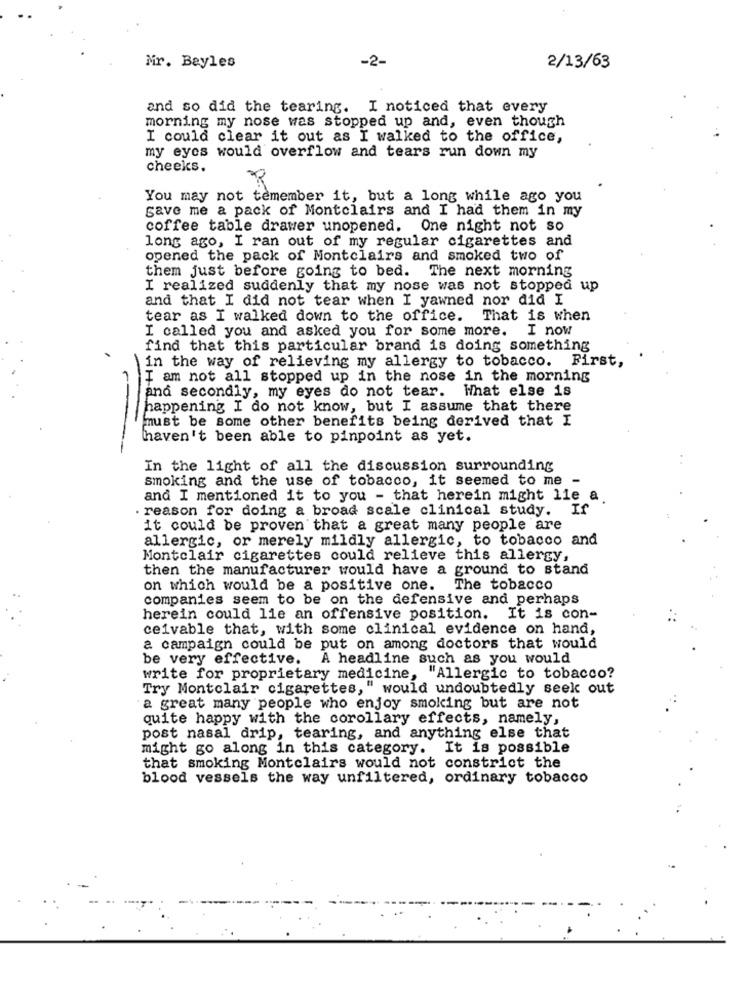
-2-
Mr. Beyles
2/13/63
and so did the tearing. I noticed that every
morning my nose was stopped up and, even though
I could clear it out as I walked to the office,
my eyes would overflow and tears run down my
cheeks.
You may not temember it, but a long while ago you
gave me a pack of Montclairs and I had them in my
coffee table drawer unopened. One night not so
long ago, I ran out of my regular cigarettes and
opened the pack of Montclairs and smoked two of
them just before going to bed. The next morning
I realized suddenly that my nose was not stopped up
and that I did not tear when I yawned nor did I
tear as I walked down to the office. That is when
I called you and asked you for some more.
I now
find that this particular brand is doing something
in the way of relieving my allergy to tobacco. First,
I am not all stopped up in the nose in the morning
and secondly, my eyes do not tear. What else is
happening I do not know, but I assume that there
must be some other benefits being derived that I
hhaven't been able to pinpoint as yet.
In the light of all the discussion surrounding
smoking and the use of tobacco, it seemed to me -
and I mentioned it to you - that herein might lle a
. reason for doing a broad scale clinical study.
If
it could be proven that a great many people are
allergic, or merely mildly allergic, to tobacco and
Montclair cigarettes could relieve this allergy,
then the manufacturer would have a ground to stand
on which would be a positive one.
The tobacco
companies seem to be on the defensive and perhaps
herein could lie an offensive position.
It is con-
ceivable that, with some clinical evidence on hand,
a campaign could be put on among doctors that would
be very effective.
A headline such as you would
write for proprietary medicine, "Allergic to tobacco?
Try Montclair cigarettes," would undoubtedly seek out
a great many people who enjoy smoking but are not
quite happy with the corollary effects, namely,
post nasal drip, tearing, and anything else that
might go along in this category. It is possible
that smoking Montclairs would not constrict the
blood vessels the way unfiltered, ordinary tobacco